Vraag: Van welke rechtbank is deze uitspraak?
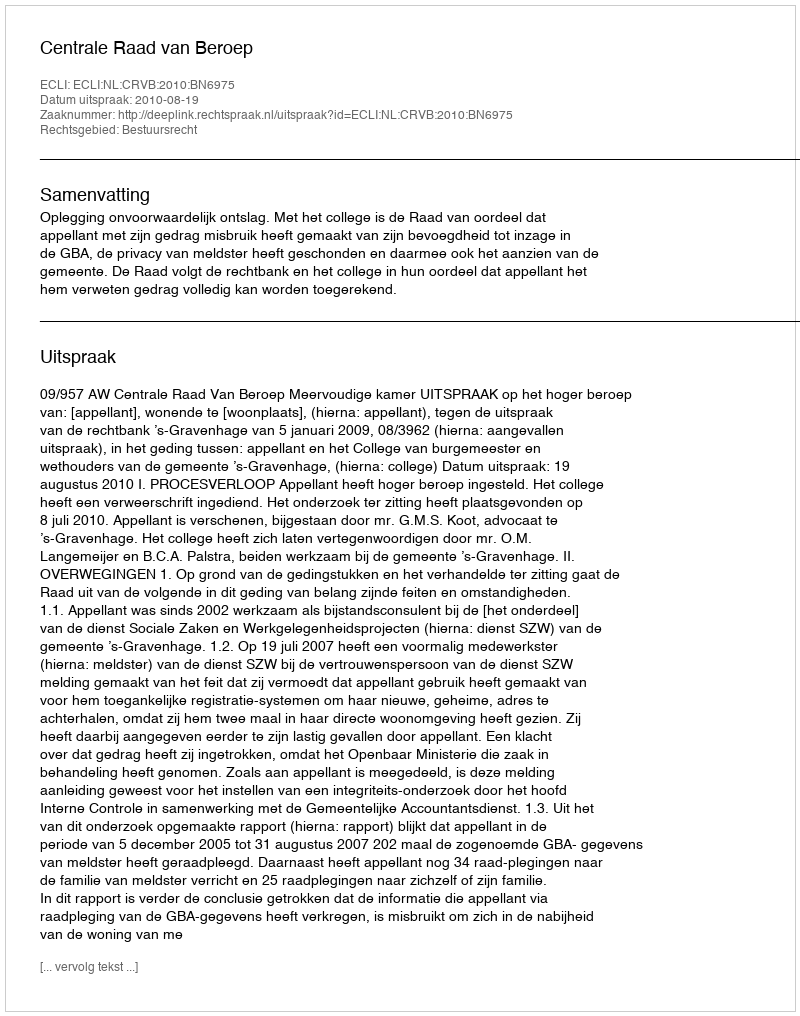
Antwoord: Centrale Raad van Beroep